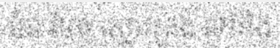
មិន មែន ស្មោះត្រង់ ទៅនឹង